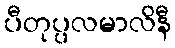
ပီတုပ္ပလမာလိနီ